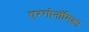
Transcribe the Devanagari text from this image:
एरगोनॉमिक्स